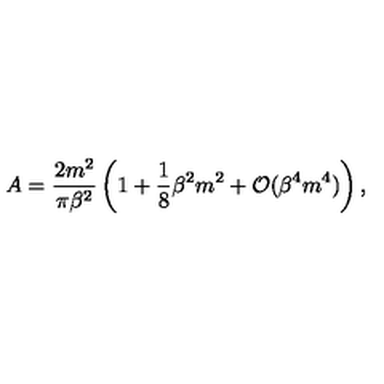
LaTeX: A = \frac { 2 m ^ { 2 } } { \pi \beta ^ { 2 } } \left( 1 + \frac { 1 } { 8 } \beta ^ { 2 } m ^ { 2 } + { \cal O } ( \beta ^ { 4 } m ^ { 4 } ) \right) ,